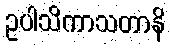
ဥပါသိကာသတာနိ